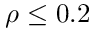
\rho \leq 0 . 2